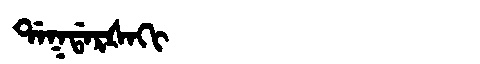
Manchu: ᡩᠠᡴᡩᠠᡵᡧᠠᡴᡳ
Romanization: DAKDARŠAKI